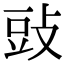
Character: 䜴